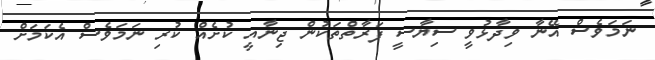
ނަމަވެސް އޭނާ ވިދާޅުވީ ސިޔާސީ ފަރާތްތަކުން ޖިނާއީ ކުށެއް ކުރި ނަމަވެސް އެކަމަށް